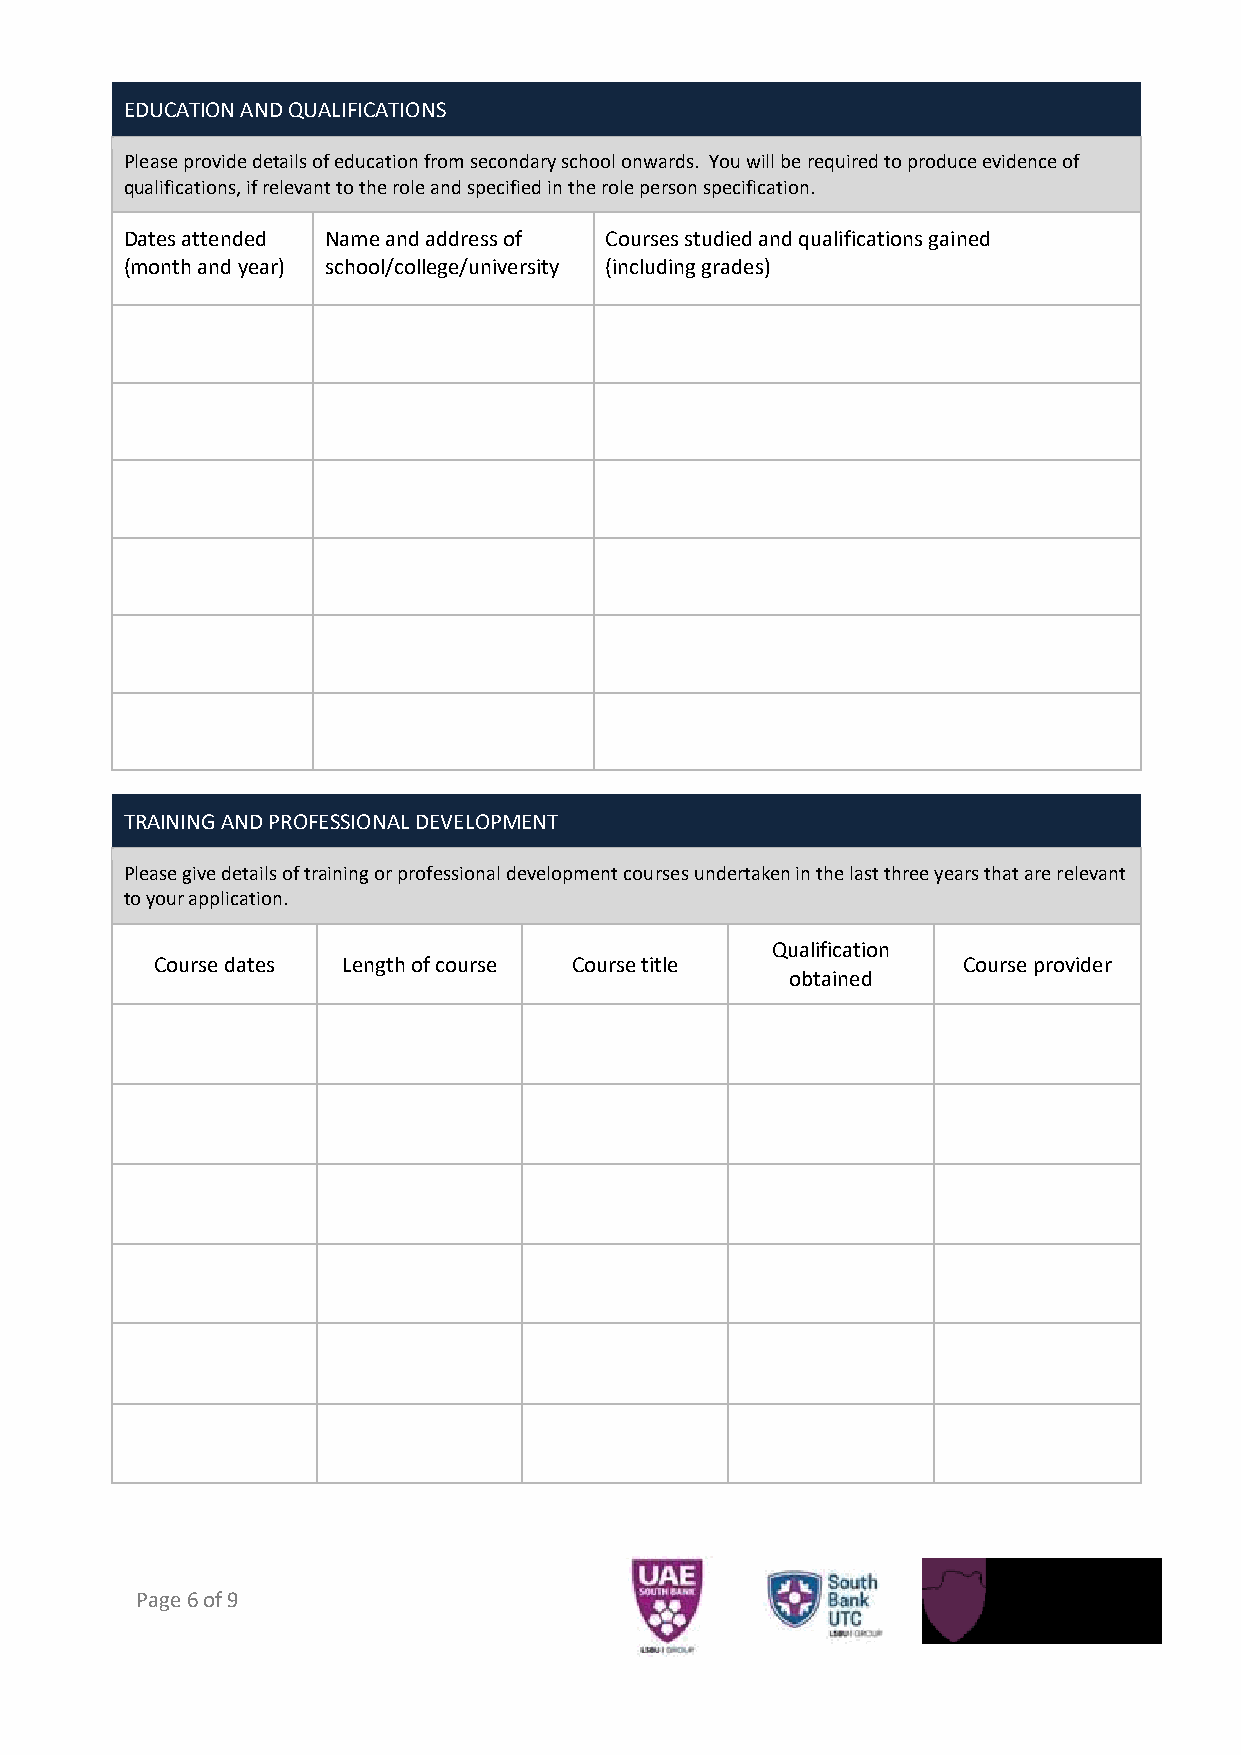
EDUCATION AND QUALIFICATIONS
 Please provide details of education from secondary school onwards. You will be required to produce evidence of
 qualifications, if relevant to the role and specified in the role person specification.
 Dates attended Name and address of Courses studied and qualifications gained
 (month and year) school/college/university (including grades)
 TRAINING AND PROFESSIONAL DEVELOPMENT
 Please give details of training or professional development courses undertaken in the last three years that are relevant
 to your application.
 Qualification
 Course dates Length of course Course title            Course provider
 obtained
 Page 6 of 9